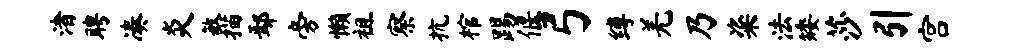
渚聘凑炎敏描鄢旁懒祖察抗棺踢偃弓缚羌乃粢法矮莎引宫